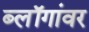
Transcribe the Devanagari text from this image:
ब्लॉगांवर